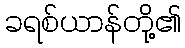
ခရစ်ယာန်တို့၏